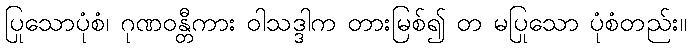
ပြုသောပုံစံ၊ ဂုဏဝန္တီကား ဝါသဒ္ဒါက တားမြစ်၍ တ မပြုသော ပုံစံတည်း။